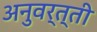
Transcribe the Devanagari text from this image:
अनुवर्त्ती